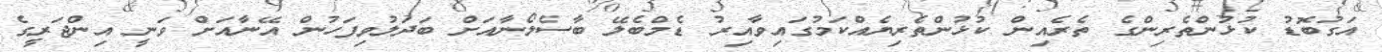
އަގުބޮޑު ކުޅުންތެރިންގެ ތެރެއިން ކުޅުންތެރިޔެއްކަމުގައިވާއިރު ޑެމްބެލޭ ބާސެލޯނާއަށް ބަދަލުވިފަހުން އޭނާއަށް ވަނީ އިންޖަރީގެ